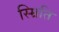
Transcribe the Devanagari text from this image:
स्म्रिति